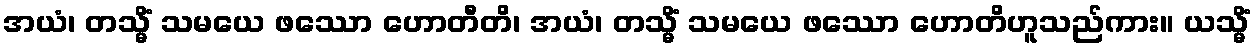
အယံ၊ တသ္မိံ သမယေ ဖဿော ဟောတီတိ၊ အယံ၊ တသ္မိံ သမယေ ဖဿော ဟောတိဟူသည်ကား။ ယသ္မိံ